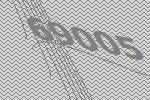
69005